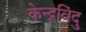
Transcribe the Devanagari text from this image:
केन्द्रविंदु